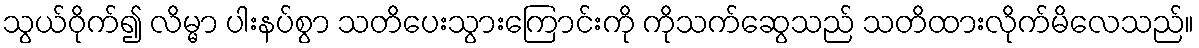
သွယ်ဝိုက်၍ လိမ္မာ ပါးနပ်စွာ သတိပေးသွားကြောင်းကို ကိုသက်ဆွေသည် သတိထားလိုက်မိလေသည်။